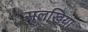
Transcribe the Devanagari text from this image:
सलखिया